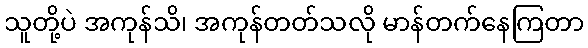
သူတို့ပဲ အကုန်သိ၊ အကုန်တတ်သလို မာန်တက်နေကြတာ